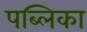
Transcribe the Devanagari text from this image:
पब्लिका